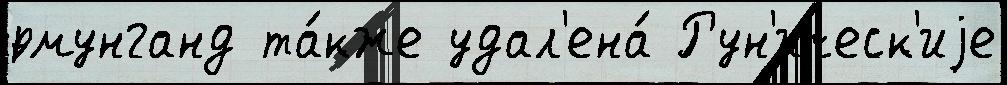
́рмунганд та́кже удал'ена́ Рун'ическ'иjе